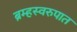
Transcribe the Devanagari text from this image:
ब्रम्हस्वरुपात